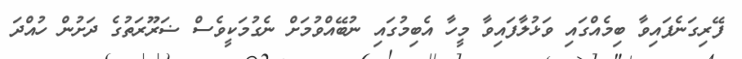
ފޭރިގަނެފައިވާ ބިމެއްގައި ވަޅުލާފައިވާ މީހާ އެބިމުގައި ނުބޭއްވުމަށް ނެގުމަކީވެސް ޟަރޫރަތުގެ ދަށުން ހުއްދަ